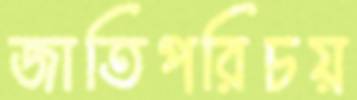
জাতিপরিচয়